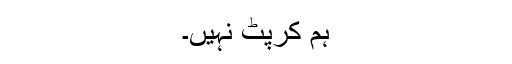
ہم کرپٹ نہیں۔